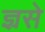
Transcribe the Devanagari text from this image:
ज्ञ्रसे